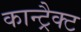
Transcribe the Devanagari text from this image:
कान्ट्रैक्ट